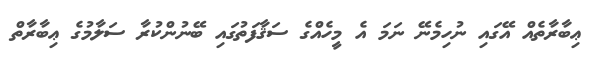
ޢިބާރާތެއް އޭގައި ނުހިމެނޭ ނަމަ އެ މީހެއްގެ ސަޤާފަތުގައި ބޭނުންކުރާ ސަލާމުގެ ޢިބާރާތް